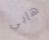
هابي